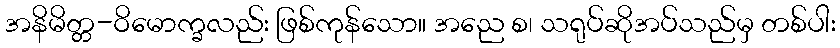
အနိမိတ္တ-ဝိမောက္ခလည်း ဖြစ်ကုန်သော။ အညေ စ၊ သရုပ်ဆိုအပ်သည်မှ တစ်ပါး